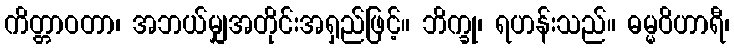
ကိတ္တာဝတာ၊ အဘယ်မျှအတိုင်းအရှည်ဖြင့်။ ဘိက္ခု၊ ရဟန်းသည်။ ဓမ္မဝိဟာရီ၊